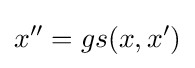
x''=gs(x,x')